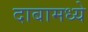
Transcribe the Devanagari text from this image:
दाबामध्ये